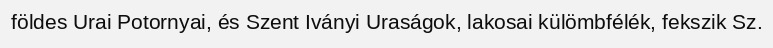
földes Urai Potornyai, és Szent Iványi Uraságok, lakosai külömbfélék, fekszik Sz.